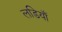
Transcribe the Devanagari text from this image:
लडियाँ